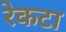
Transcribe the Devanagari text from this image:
रेकटा